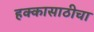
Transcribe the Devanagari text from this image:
हक्कासाठीचा